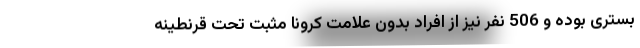
بستری بوده و 506 نفر نیز از افراد بدون علامت کرونا مثبت تحت قرنطینه